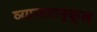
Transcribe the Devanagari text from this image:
व्यापारानुकूल